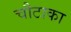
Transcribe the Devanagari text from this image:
चौटाका